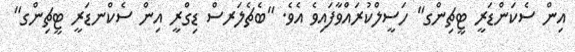
އިން ސެކަންޑަރީ ޓީޗިންގ" ހަސީލްކުރައްވާފައިވެ އެވެ. "ބެޗެލަރސް ޑިގްރީ އިން ސެކްނޑަރީ ޓީޗިންގ"